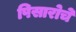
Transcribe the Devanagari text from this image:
पिसारोचे